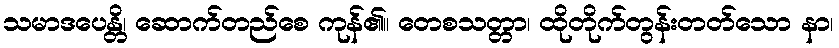
သမာဒပေန္တိ၊ ဆောက်တည်စေ ကုန်၏။ တေစသတ္တာ၊ ထိုတိုက်တွန်းတတ်သော နာ၊